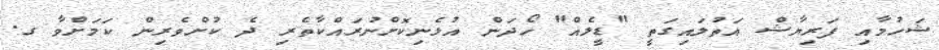
ޝަހުމާއި ފަރިޔާޝް އަތުލައިގަތީ "ޑީލެއް" ހޯދަން އުޅެނިކޮށްނުރައްކާތެރި ދެ ކުށްވެރިން ކަމަށްވާ ގ.